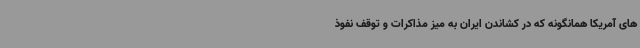
های آمریکا همانگونه که در کشاندن ایران به میز مذاکرات و توقف نفوذ